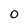
Character: 0